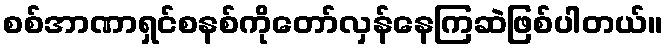
စစ်အာဏာရှင်စနစ်ကိုတော်လှန်နေကြဆဲဖြစ်ပါတယ်။